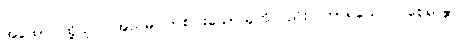
အထော၊ ထို့ပြင်။ အညမ္ပိ၊ တစ်ပါးသောသူကိုလည်း။ ကာရယေ၊ ပြုစေရာ၏။